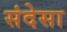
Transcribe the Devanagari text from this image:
संदेसा